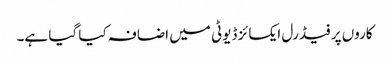
کاروں پر فیڈرل ایکسائز ڈیوٹی میں اضافہ کیا گیا ہے۔